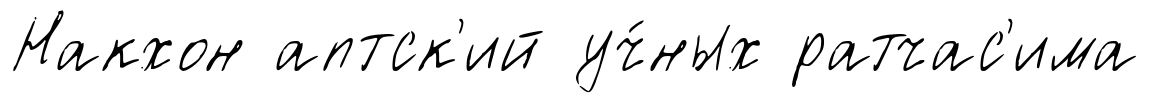
Накхон аптск'ий уч́ных ратчас'има